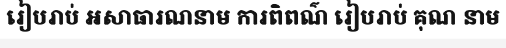
រៀបរាប់ អសាធារណនាម ការពិពណ៌ រៀបរាប់ គុណ នាម